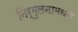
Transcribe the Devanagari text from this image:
निर्मुलनामध्ये